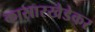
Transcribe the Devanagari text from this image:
कासारखेडेकर